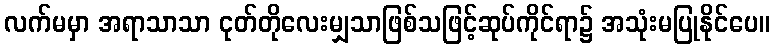
လက်မမှာ အရာသာသာ ငုတ်တိုလေးမျှသာဖြစ်သဖြင့်ဆုပ်ကိုင်ရာ၌ အသုံးမပြုနိုင်ပေ။